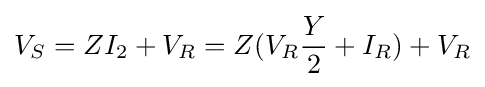
V_{S}=ZI_{2}+V_{R}=Z(V_{R}{\frac {Y}{2}}+I_{R})+V_{R}